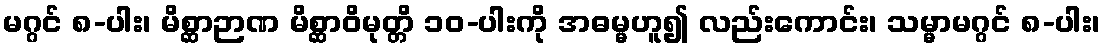
မဂ္ဂင် ၈-ပါး၊ မိစ္ဆာဉာဏ မိစ္ဆာဝိမုတ္တိ ၁၀-ပါးကို အဓမ္မဟူ၍ လည်းကောင်း၊ သမ္မာမဂ္ဂင် ၈-ပါး၊